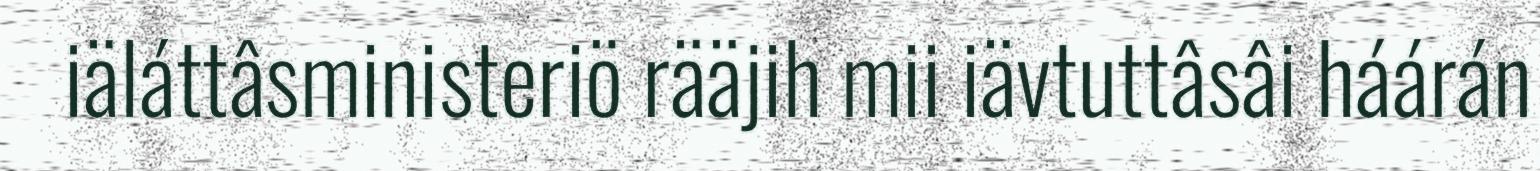
iäláttâsministeriö rääjih mii iävtuttâsâi háárán